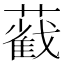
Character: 𦿐